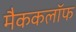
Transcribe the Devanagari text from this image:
मैककलॉफ